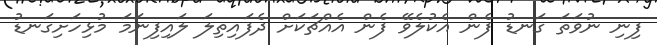
ފިނި ނުވަތަ ގަނޑު ފެން އެކުލެވޭ ފެން އެއްޗަކަށް ދެފައިތިލަ ލައިފިނަމަ މުޅިހަށިގަނޑު